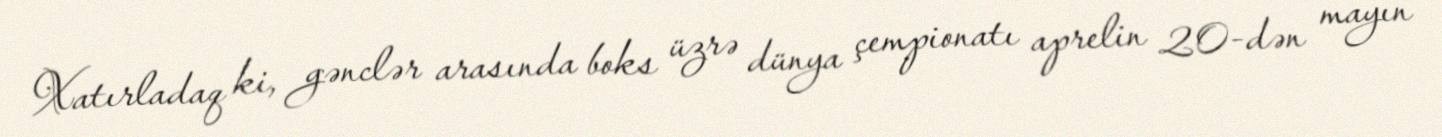
Xatırladaq ki, gənclər arasında boks üzrə dünya çempionatı aprelin 20-dən mayın